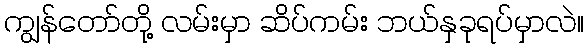
ကျွန်တော်တို့ လမ်းမှာ ဆိပ်ကမ်း ဘယ်နှခုရပ်မှာလဲ။